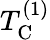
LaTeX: T_{\mathrm{C}}^{(1)}